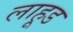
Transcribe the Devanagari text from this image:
लाहूड